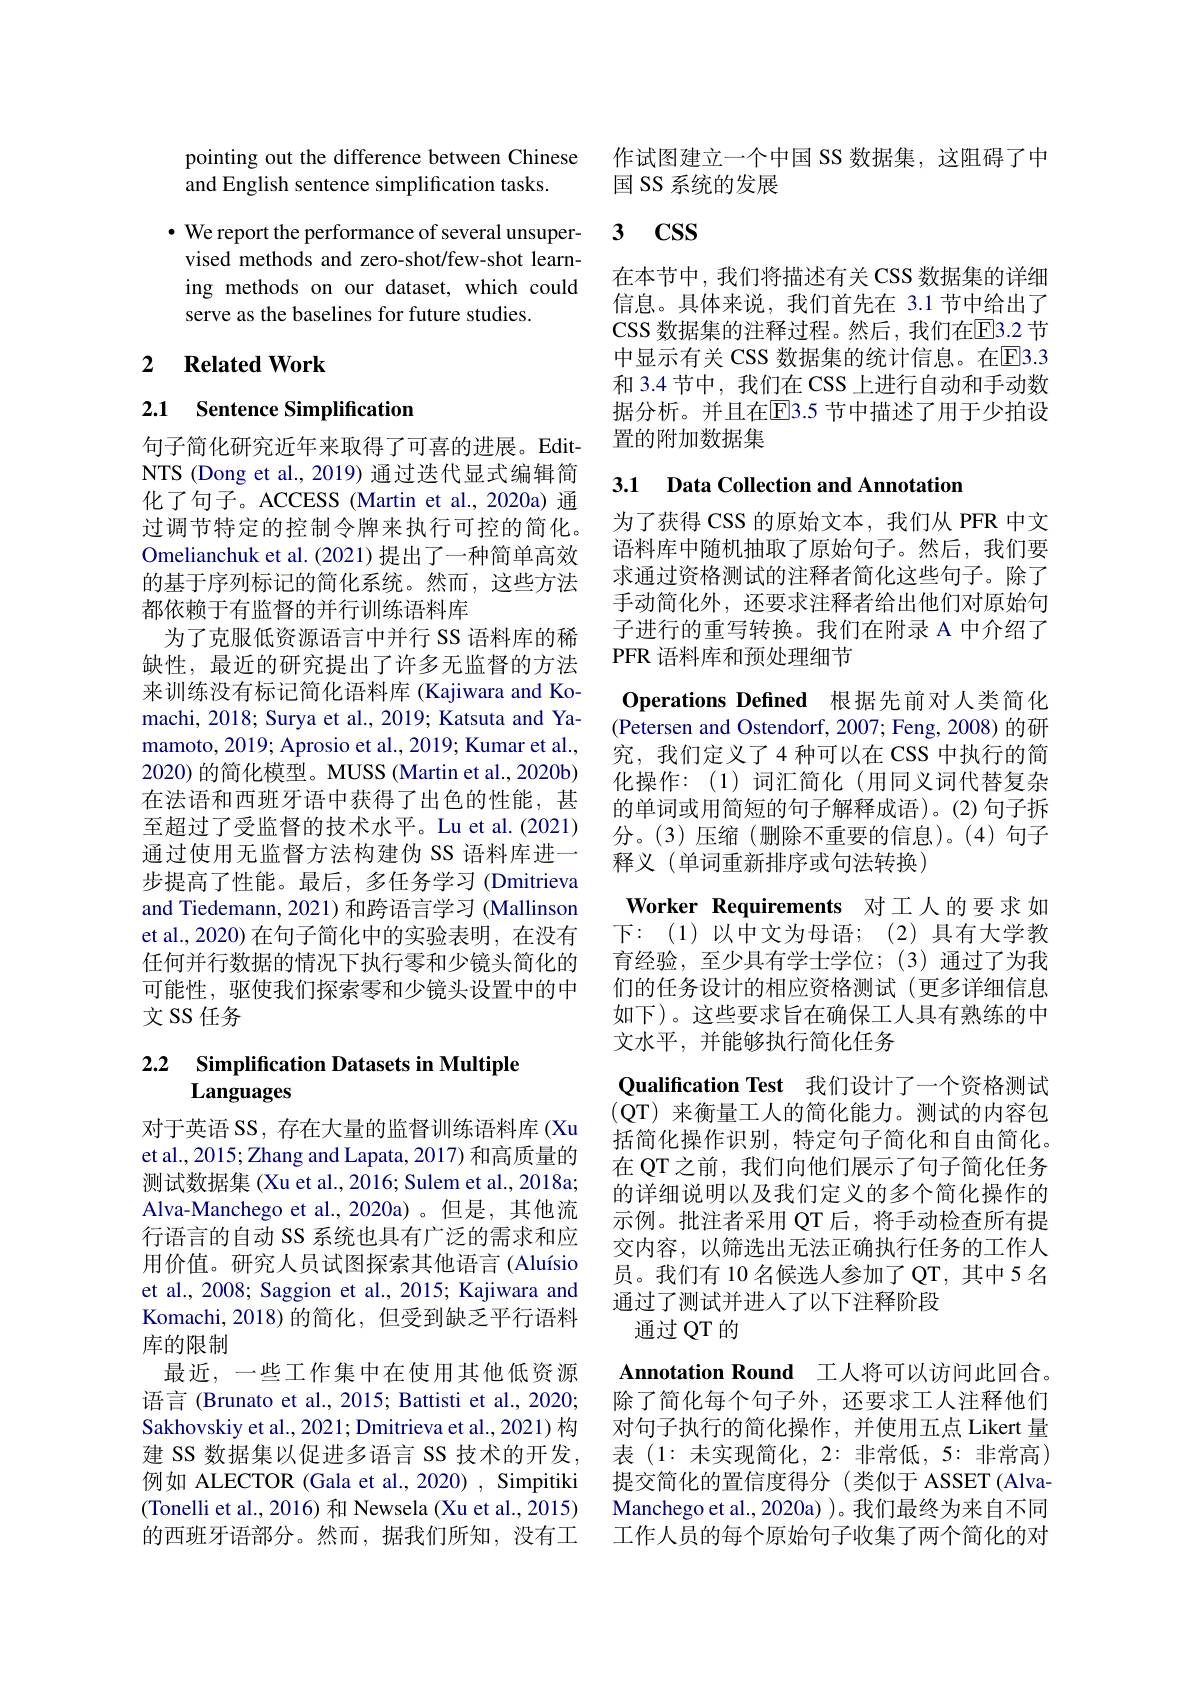
pointing out the difference between Chinese
and English sentence simplification tasks.

$\cdot$ We report the performance of several unsupervised methods and zero-shot/few-shot learning methods on our dataset, which could serve as the baselines for future studies.

## 2 $\textbf{Related Work}$

## 2.1 Sentence Simplification

句子简化研究近年来取得了可喜的进展。EditNTS (Dong et al., 2019) 通过迭代显式编辑简化了句子。ACCESS (Martin et al.,2020a) 通过调节特定的控制令牌来执行可控的简化。Omelianchuk et al. (2021) 提出了一种简单高效的基于序列标记的简化系统。然而，这些方法都依赖于有监督的并行训练语料库
为了克服低资源语言中并行 SS 语料库的稀缺性，最近的研究提出了许多无监督的方法来训练没有标记简化语料库 (Kajiwara and Komachi, 2018; Surya et al., 2019; Katsuta and Yamamoto, 2019; Aprosio et al., 2019; Kumar et al., 2020) 的简化模型。MUSS (Martin et al., 2020b) 在法语和西班牙语中获得了出色的性能，甚至超过了受监督的技术水平。Lu et al.(2021) 通过使用无监督方法构建伪 SS 语料库进一步提高了性能。最后，多任务学习 (Dmitrieva and Tiedemann, 2021) 和跨语言学习 (Mallinson et al.,2020) 在句子简化中的实验表明，在没有任何并行数据的情况下执行零和少镜头简化的可能性，驱使我们探索零和少镜头设置中的中文 SS 任务

## 2.2 Simplification Datasets in Multiple Languages

对于英语 SS, 存在大量的监督训练语料库 (Xu et al., 2015; Zhang and Lapata, 2017) 和高质量的测试数据集 (Xu et al., 2016; Sulem et al., 2018a; Alva-Manchego et al.,2020a)。但是，其他流行语言的自动 SS 系统也具有广泛的需求和应用价值。研究人员试图探索其他语言(Aluísio et al., 2008; Saggion et al., 2015; Kajiwara and Komachi, 2018) 的简化，但受到缺乏平行语料库的限制
最近，一些工作集中在使用其他低资源语言 (Brunato et al., 2015; Battisti et al., 2020; Sakhovskiy et al., 2021; Dmitrieva et al., 2021) 构建 SS 数据集以促进多语言 SS 技术的开发， 例如 ALECTOR (Gala et al., 2020) , Simpitiki (Tonelli et al., 2016) 和 Newsela (Xu et al., 2015) 的西班牙语部分。然而，据我们所知，没有工

作试图建立一个中国 SS 数据集，这阻碍了中
国 SS 系统的发展

# 3 $\mathbf{CSS}$

在本节中，我们将描述有关 CSS 数据集的详细信息。具体来说，我们首先在 3.1 节中给出了CSS 数据集的注释过程。然后，我们在$\overline{\mathrm{E}}$3.2 节中显示有关 CSS 数据集的统计信息。在E3.3和 3.4 节中，我们在 CSS 上进行自动和手动数据分析。并且在[E]3.5 节中描述了用于少拍设置的附加数据集

## 3.1 Data Collection and Annotation

为了获得 CSS 的原始文本，我们从 PFR 中文语料库中随机抽取了原始句子。然后，我们要求通过资格测试的注释者简化这些句子。除了手动简化外，还要求注释者给出他们对原始句子进行的重写转换。我们在附录 A 中介绍了PFR 语料库和预处理细节

Operations Defined 根据先前对人类简化(Petersen and Ostendorf, 2007; Feng, 2008) 的研究，我们定义了4种可以在 CSS 中执行的简化操作：(1)词汇简化(用同义词代替复杂的单词或用简短的句子解释成语)。(2)句子拆分。(3)压缩(删除不重要的信息)。(4)句子释义(单词重新排序或句法转换)
Worker Requirements 对工人的要求如下：(1)以中文为母语；(2)具有大学教育经验，至少具有学士学位；(3)通过了为我们的任务设计的相应资格测试(更多详细信息如下)。这些要求旨在确保工人具有熟练的中文水平，并能够执行简化任务
Qualification Test 我们设计了一个资格测试(QT)来衡量工人的简化能力。测试的内容包括简化操作识别，特定句子简化和自由简化。在 QT 之前，我们向他们展示了句子简化任务的详细说明以及我们定义的多个简化操作的示例。批注者采用 QT 后，将手动检查所有提交内容，以筛选出无法正确执行任务的工作人员。我们有 10 名候选人参加了 QT, 其中 5 名通过了测试并进人了以下注释阶段
通过 QT 的

Annotation Round 工人将可以访问此回合。除了简化每个句子外，还要求工人注释他们对句子执行的简化操作，并使用五点 Likert 量表 (1: 未实现简化，2: 非常低，5: 非常高) 提交简化的置信度得分(类似于 ASSET(AlvaManchego et al., 2020a) )。我们最终为来自不同工作人员的每个原始句子收集了两个简化的对